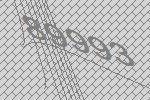
89993